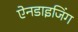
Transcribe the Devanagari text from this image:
ऐनडाइजिंग